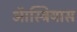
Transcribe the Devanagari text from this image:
ऑस्ट्रियास